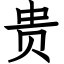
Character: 贵